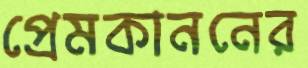
প্রেমকাননের